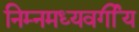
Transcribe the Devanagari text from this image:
निम्नमध्यवर्गीय